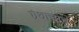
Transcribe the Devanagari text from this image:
ग्रंथाचाच